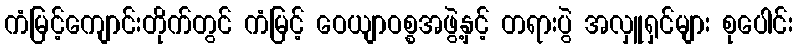
ကံမြင့်ကျောင်းတိုက်တွင် ကံမြင့် ဝေယျာဝစ္စအဖွဲ့နှင့် တရားပွဲ အလှူရှင်များ စုပေါင်း